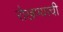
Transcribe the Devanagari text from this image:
रोखण्याची